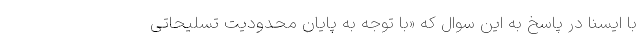
با ایسنا در پاسخ به این سوال که «با توجه به پایان محدودیت تسلیحاتی